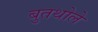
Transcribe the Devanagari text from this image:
बुतथोले